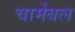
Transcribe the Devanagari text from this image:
चार्मेबल